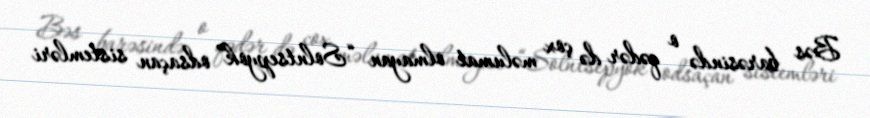
Bəs barəsində o qədər də çox məlumat olmayan “Solntsepyok” odsaçan sistemləri